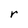
Character: r